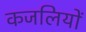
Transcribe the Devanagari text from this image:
कजलियों